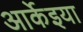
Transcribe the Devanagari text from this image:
आर्केइया